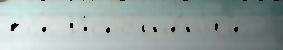
вс'е Исполн'е́н'иjе